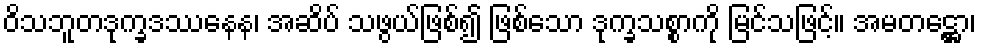
ဝိသဘူတဒုက္ခဒဿနေန၊ အဆိပ် သဖွယ်ဖြစ်၍ ဖြစ်သော ဒုက္ခသစ္စာကို မြင်သဖြင့်။ အမတဋ္ဌော၊